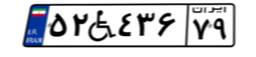
۹۲W۲۷۲۹۰